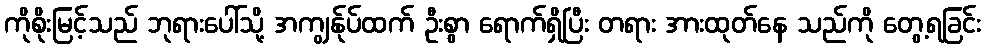
ကိုစိုးမြင့်သည် ဘုရားပေါ်သို့ အကျွန်ုပ်ထက် ဦးစွာ ရောက်ရှိပြီး တရား အားထုတ်နေ သည်ကို တွေ့ရခြင်း